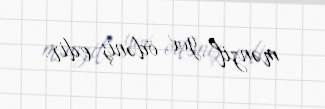
mənzil yox, ödəniş edir.